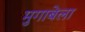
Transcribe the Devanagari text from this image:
मुगाबेला